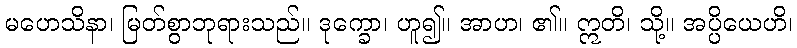
မဟေသိနာ၊ မြတ်စွာဘုရားသည်။ ဒုက္ခော၊ ဟူ၍။ အာဟ၊ ၏။ ဣတိ၊ သို့။ အပ္ပိယေဟိ၊